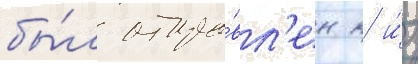
бы́л отпра́вл'ен к и́х